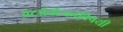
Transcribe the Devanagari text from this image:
अंटार्क्टिकाविषयी